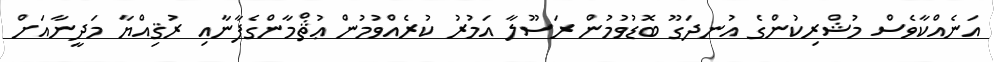
އަނެއްކާވެސް މުޝްރިކުންގެ އުނދަގޫ ބޮޑުވުމުން ރަސޫލާ އަމުރު ކުރެއްވުމުން ޢުޘްމާންގެފާނާއި ރުޤިއްޔާ މަދީނާއަށް